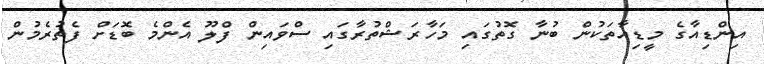
އިންޑިއާގެ މީޑިއާތަކުން ބުނާ ގޮތުގައި މަހާރަޝްތުރާގައި ސްވައިން ފްލޫ އެންމެ ބޮޑަށް ފެތުރެމުން